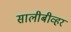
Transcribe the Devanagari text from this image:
सालीबीव्हर